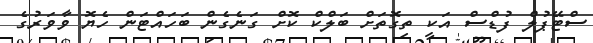
ސްޓޭޕުލް ފުޑްސް އަކީ ތިގޮތަށް ބަލްކް ކޮށް ގަނެގެން ބަހައްޓަން ހެޔޮ ވާވަރުގެ